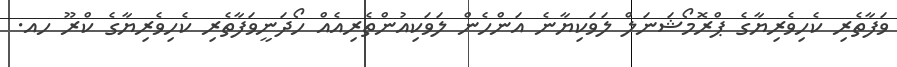
ވަފާތެރި ކެހިވެރިޔާގެ ޕްރޮމޯޝަނަލް ލަވަކިޔާނެ އަންހެން ލަވަކިއުންތެރިއެއް ހޯދަނީވަފާތެރި ކެހިވެރިޔާގެ ކްރޫ ހއ.